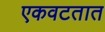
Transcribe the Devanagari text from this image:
एकवटतात